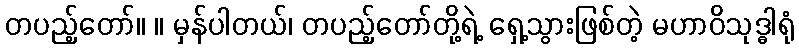
တပည့်တော်။ ။ မှန်ပါတယ်၊ တပည့်တော်တို့ရဲ့ ရှေ့သွားဖြစ်တဲ့ မဟာဝိသုဒ္ဓါရုံ